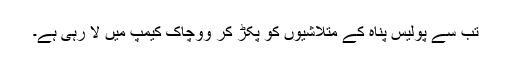
تب سے پولیس پناہ کے متلاشیوں کو پکڑ کر ووچاک کیمپ میں لا رہی ہے۔